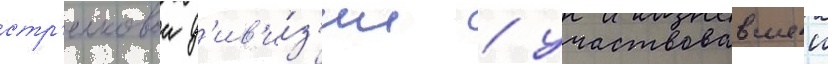
стр'елковои д'ив'и́з'ии / участвовавшеи